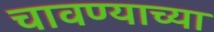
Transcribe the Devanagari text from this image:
चावण्याच्या